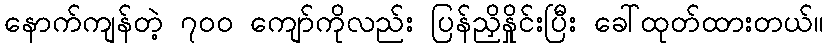
နောက်ကျန်တဲ့ ၇၀၀ ကျော်ကိုလည်း ပြန်ညှိနှိုင်းပြီး ခေါ်ထုတ်ထားတယ်။